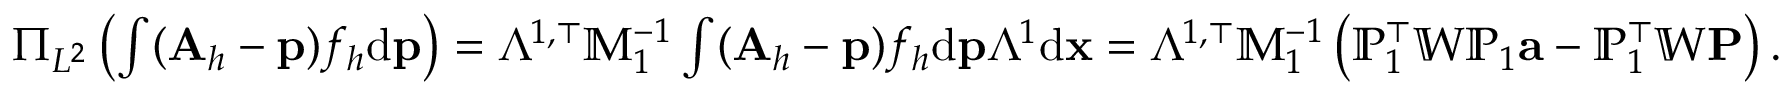
\begin{array} { r l } & { \Pi _ { L ^ { 2 } } \left( \int ( { \mathbf A } _ { h } - { \mathbf p } ) f _ { h } \mathrm { d } { \mathbf p } \right) = \mathbb { \Lambda } ^ { 1 , \top } \mathbb { M } _ { 1 } ^ { - 1 } \int ( { \mathbf A } _ { h } - { \mathbf p } ) f _ { h } \mathrm { d } { \mathbf p } \mathbb \Lambda ^ { 1 } \mathrm { d } { \mathbf x } = \mathbb { \Lambda } ^ { 1 , \top } \mathbb { M } _ { 1 } ^ { - 1 } \left( { \mathbb P } _ { 1 } ^ { \top } \mathbb { W } { \mathbb P } _ { 1 } { \mathbf a } - \mathbb { P } _ { 1 } ^ { \top } \mathbb { W } { \mathbf P } \right) . } \end{array}